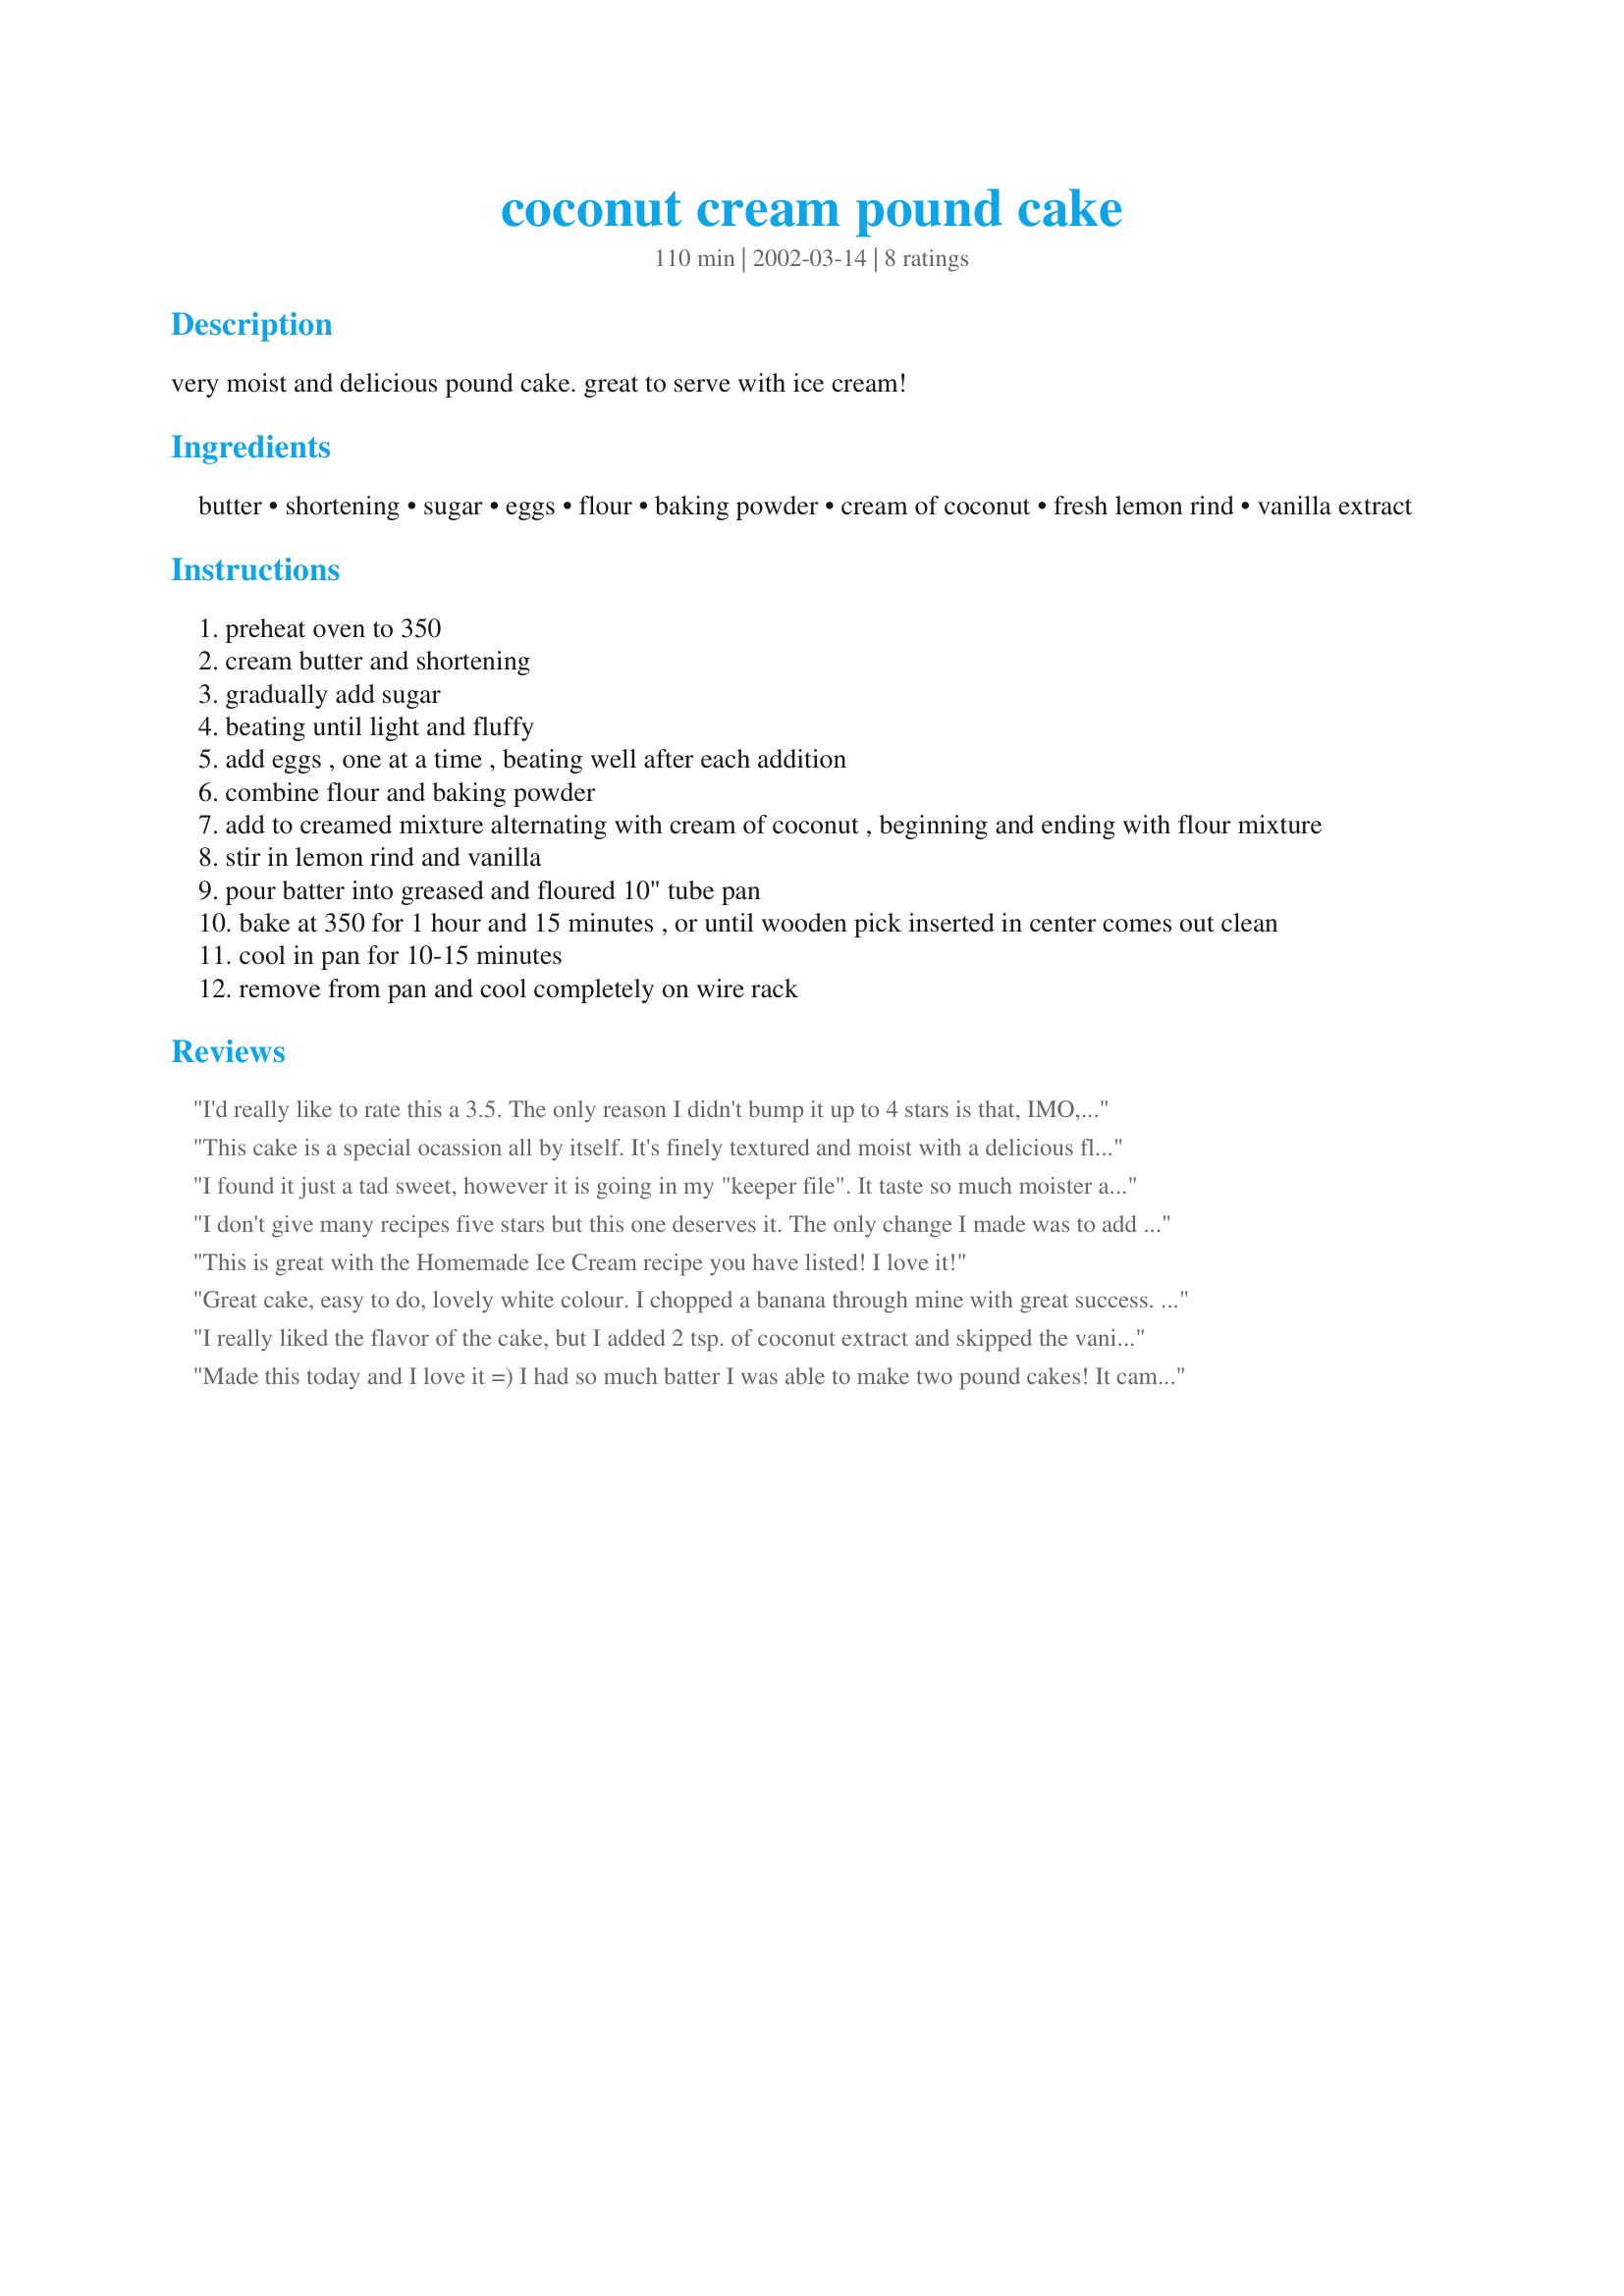
coconut cream pound cake
Preparation time: 110 minutes

very moist and delicious pound cake. great to serve with ice cream!

Ingredients:
butter, shortening, sugar, eggs, flour, baking powder, cream of coconut, fresh lemon rind, vanilla extract

Steps:
preheat oven to 350
cream butter and shortening
gradually add sugar
beating until light and fluffy
add eggs , one at a time , beating well after each addition
combine flour and baking powder
add to creamed mixture alternating with cream of coconut , beginning and ending with flour mixture
stir in lemon rind and vanilla
pour batter into greased and floured 10" tube pan
bake at 350 for 1 hour and 15 minutes , or until wooden pick inserted in center comes out clean
cool in pan for 10-15 minutes
remove from pan and cool completely on wire rack

Reviews:
I'd really like to rate this a 3.5. The only reason I didn't bump it up to 4 stars is that, IMO, it was exceedingly and unnecessarily sweet. I would suggest that a plain vanilla ice cream would help cut the sweetness.
This cake is a special ocassion all by itself. It's finely textured and moist with a delicious flavor. I had to reduce the overall size of the cake so it would fit my oven, but kept all ingredients and proportions the same. I really like this cake as it is, but next time I may try using coconut extract instead of vanilla to give it a more pronounced coconut flavor. Thank you for the recipe, Bev.
I found it just a tad sweet, however it is going in my "keeper file". It taste so much moister and better the next day. I did add 1 teaspoon coconut extract and 1/2 tsp. vanilla. I might just cut down a little on the sugar . My dh liked it. I will definetly make again. thanks for a great recipe.
I don't give many recipes five stars but this one deserves it. The only change I made was to add about 1/3 cup of coconut to the cake batter. This cake is so moist! And it is pure heaven if you eat it while it's still warm.Thanks for a FANTASTIC recipe!
This is great with the Homemade Ice Cream recipe you have listed! I love it!
Great cake, easy to do, lovely white colour. I chopped a banana through mine with great success. I will definitely do this one again so thanks for posting.
I really liked the flavor of the cake, but I added 2 tsp. of coconut extract and skipped the vanilla and lemon rind ( I didn't have any lemon rind). I also had a little problem with the bake-the top was a bit underdone, but not horribly. I think I would put it into 2 loaf pans to avoid this, and to freeze one for later!
Made this today and I love it =) I had so much batter I was able to make two pound cakes! <br/><br/>It came out super moist and delicious. Great with some chocolate sauce and coconut flakes as garnish.
